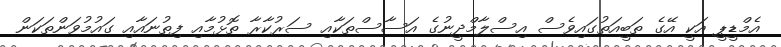
އެމްޑީޕީ އަކީ އޭގެ ތަބީއަތުގައިވެސް އިސްލާމްދީނުގެ އަސާސްތަކާއި ސަރުކާރާ ތޮޅުމާއި ފިތުނައާއި ގައުމުވަންތަކަން